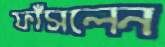
ফাঁসলেন